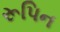
રૂપિન